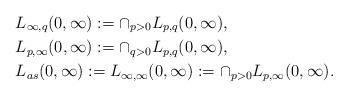
LaTeX: \begin{align*}&L_{\infty,q}(0,\infty):=\cap_{p>0}L_{p,q}(0,\infty),\\&L_{p,\infty}(0,\infty):=\cap_{q>0}L_{p,q}(0,\infty),\\&L_{as}(0,\infty):=L_{\infty,\infty}(0,\infty):=\cap_{p>0}L_{p,\infty}(0,\infty).\end{align*}